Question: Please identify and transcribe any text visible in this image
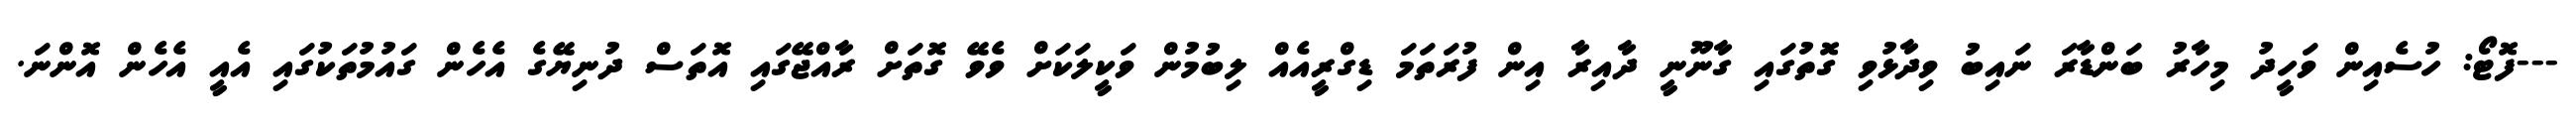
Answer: ---ފޮޓޯ: ހުސެއިން ވަހީދު މިހާރު ބަންޑާރަ ނައިބު ވިދާޅުވި ގޮތުގައި ގާނޫނީ ދާއިރާ އިން ފުރަތަމަ ޑިގްރީއެއް ލިބުމުން ވަކީލަކަށް ވެވޭ ގޮތަށް ރާއްޖޭގައި އޮތަސް ދުނިޔޭގެ އެހެން ގައުމުތަކުގައި އެއީ އެހެން އޮންނަ.